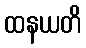
ထနယတိ